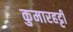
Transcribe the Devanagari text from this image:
कुमारहट्टी